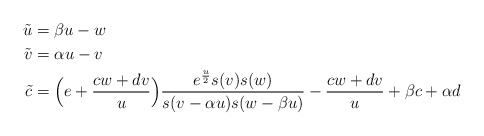
\begin{align*}\tilde u & =\beta u-w \cr\tilde v & =\alpha u -v \cr\tilde c & = \Big(e+{cw+dv\over u}\Big){ e^{u\over2}s(v)s(w)\over s(v-\alpha u)s(w-\beta u)}- {cw+dv\over u} +\beta c+\alpha d\end{align*}